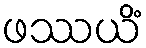
ဖဿယိံ